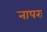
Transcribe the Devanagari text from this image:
नापरः